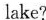
lake?